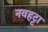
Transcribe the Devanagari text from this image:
नवहट्टा